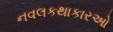
નવલકથાકારઓ